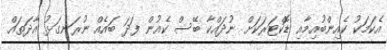
އެކަމަކު ކެއިންބުއިމާއި ޑޮކްޓަރަކަށް ނުދައްކާ ބޭސް ކެއުން ފަދަ ބައެއް ނުރަނގަޅު އާދަތައް